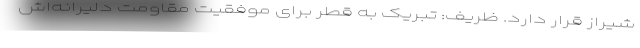
شیراز قرار دارد. ظریف: تبریک به قطر برای موفقیت مقاومت دلیرانه‌اش